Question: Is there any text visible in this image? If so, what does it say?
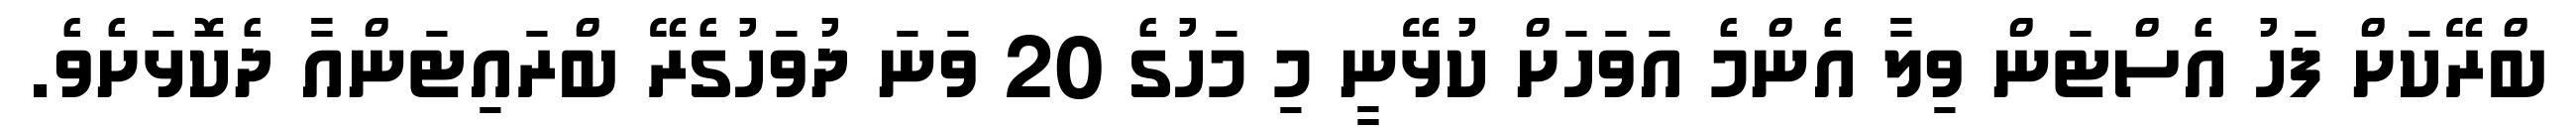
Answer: ބްރޭކަށް ފަހު އެސްޓަން ވިލާ އެންމެ އަވަހަށް ކުޅޭނީ މި މަހުގެ 20 ވަނަ ދުވަހުގެރޭ ބްރައިޓަންއާ ދެކޮޅަށެވެ.